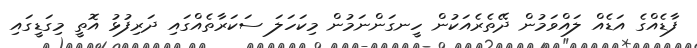
ފާޑެއްގެ އަޑެއް ލައްވަމުން ދޭތެރެއަކުން ހީނގަންނަމުން މިކަހަލަ ސަކަރާތެއްގައި ދަރިފުޅު އޮތީ މިގަޑީގައި